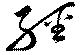
經